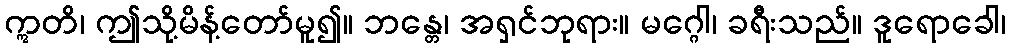
ဣတိ၊ ဤသို့မိန့်တော်မူ၍။ ဘန္တေ၊ အရှင်ဘုရား။ မဂ္ဂေါ၊ ခရီးသည်။ ဒူရောခေါ၊